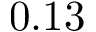
0 . 1 3